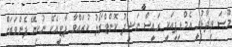
މޫސަ ވިދާޅުވީ އެމްޑީޕީއަކީ ރައީސް ނަޝީދު ކޮންޓްރޯލު ކުރައްވާ ޕާޓީއެކޭ ނުކިޔޭ ފެންވަރަށް